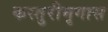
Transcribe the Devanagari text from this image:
कस्तुरीमृगास